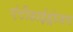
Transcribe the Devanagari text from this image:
एंटीहाईड्रोजन